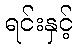
ရင်းနှင့်